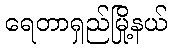
ရေတာရှည်မြို့နယ်